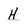
Character: H